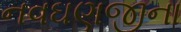
નવઘણજીના